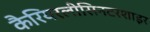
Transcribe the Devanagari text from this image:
कैरियरलीसिनटरशाइर